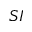
S I